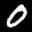
Label: 0